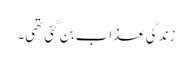
زندگی عذاب بن گئی تھی۔